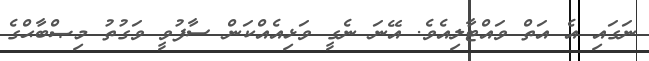
ނަގައި އެ އަތް ވައްޓާލިއެވެ. އޭނަ ނެގީ ވަޅިއެއްކަން ސާފުވީ ވަގުތު މިޞްބާޙްގެ